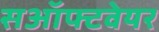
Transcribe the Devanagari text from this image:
सऑफ्टवेयर